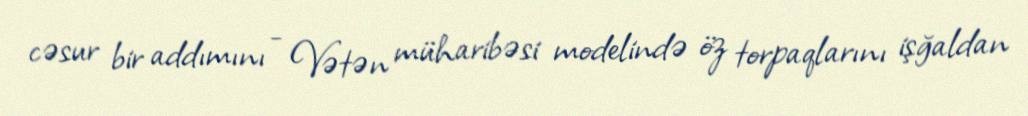
cəsur bir addımını - Vətən müharibəsi modelində öz torpaqlarını işğaldan